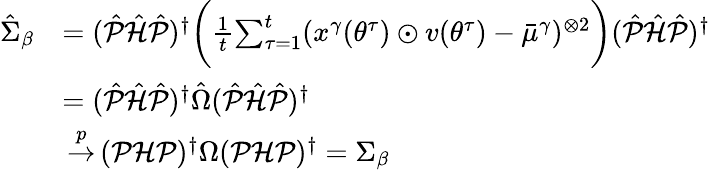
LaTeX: \begin{array}{rl}{\hat{\Sigma}_{\beta}}&{=(\hat{\mathcal{P}}\hat{\mathcal{H}}\hat{\mathcal{P}})^{\dagger}\bigg(\frac 1t{\sum_{\tau=1}^{t}}(x^{\gamma}({\theta^{\tau}})\odot v({\theta^{\tau}})-{\bar{\mu}^{\gamma}})^{\otimes 2}\bigg)(\hat{\mathcal{P}}\hat{\mathcal{H}}\hat{\mathcal{P}})^{\dagger}}\\ &{=(\hat{\mathcal{P}}\hat{\mathcal{H}}\hat{\mathcal{P}})^{\dagger}\hat{\Omega}(\hat{\mathcal{P}}\hat{\mathcal{H}}\hat{\mathcal{P}})^{\dagger}}\\ &{{\, \overset{{p}}{\to}\, }({\mathcal{P}}{\mathcal{H}}{\mathcal{P}})^{\dagger}\Omega({\mathcal{P}}{\mathcal{H}}{\mathcal{P}})^{\dagger}=\Sigma_{\beta}}\end{array}